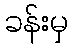
ခန်းမှ